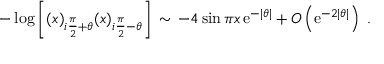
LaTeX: - \log \left[ ( x ) _ { i \frac { \pi } { 2 } + \theta } ( x ) _ { i \frac { \pi } { 2 } - \theta } \right] \, \sim \, - 4 \sin \pi x \, \mathrm { e } ^ { - \left| \theta \right| } + O \left( \mathrm { e } ^ { - 2 \left| \theta \right| } \right) \ .